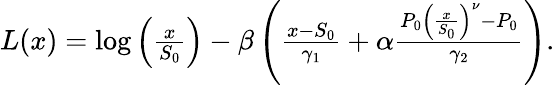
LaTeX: \begin{array}{r}{L(x)=\log\left(\frac{x}{S_{0}}\right)-\beta\left(\frac{x-S_{0}}{\gamma_{1}}+\alpha\frac{P_{0}\left(\frac{x}{S_{0}}\right)^{\nu}-P_{0}}{\gamma_{2}}\right).}\end{array}